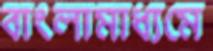
বাংলামাধ্যমে